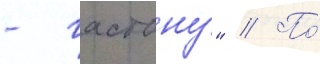
- гастону" // По́